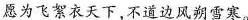
愿为飞絮衣天下，不道边风朔雪寒。